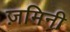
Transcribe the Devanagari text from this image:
ज़मिनी